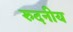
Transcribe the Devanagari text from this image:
रुदनीय